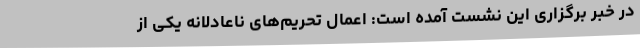
در خبر برگزاری این نشست آمده است: اعمال تحریم‌های ناعادلانه یکی از